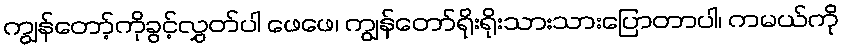
ကျွန်တော့်ကိုခွင့်လွှတ်ပါ ဖေဖေ၊ ကျွန်တော်ရိုးရိုးသားသားပြောတာပါ၊ ကမယ်ကို